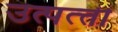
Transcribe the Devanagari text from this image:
उत्पत्त्ती